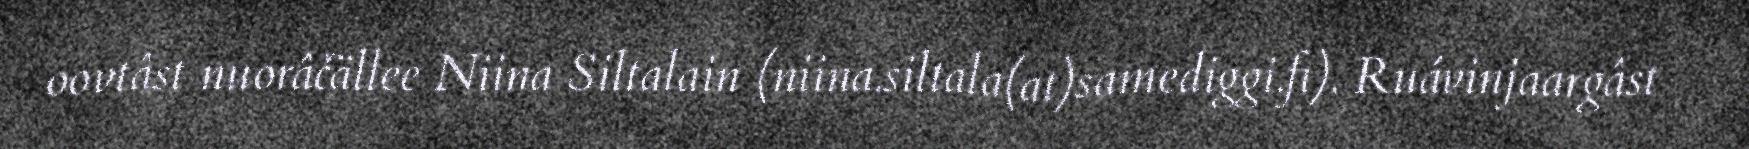
oovtâst nuorâčällee Niina Siltalain (niina.siltala(at)samediggi.fi). Ruávinjaargâst